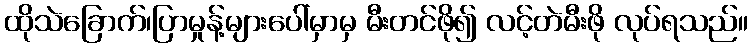
ထိုသဲခြောက်၊ပြာမှုန့်များပေါ်မှာမှ မီးတင်ဖို၍ လင့်တဲမီးဖို လုပ်ရသည်။